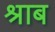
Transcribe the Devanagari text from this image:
श्राब